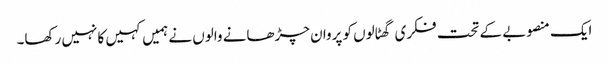
ایک منصوبے کے تحت فکری گھٹالوں کو پروان چڑھانے والوں نے ہمیں کہیں کا نہیں رکھا۔